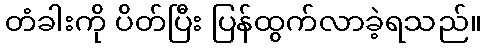
တံခါးကို ပိတ်ပြီး ပြန်ထွက်လာခဲ့ရသည်။